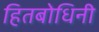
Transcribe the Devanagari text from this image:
हितबोधिनी